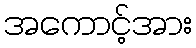
အကောင့်အား